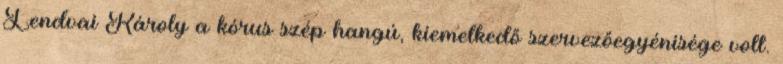
Lendvai Károly a kórus szép hangú, kiemelkedő szervezőegyénisége volt.